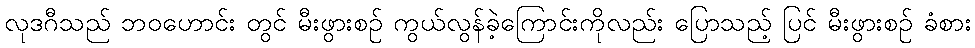
လုဒဂီသည် ဘဝဟောင်း တွင် မီးဖွားစဉ် ကွယ်လွန်ခဲ့ကြောင်းကိုလည်း ပြောသည့် ပြင် မီးဖွားစဉ် ခံစား